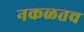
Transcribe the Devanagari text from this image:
नकळतच